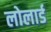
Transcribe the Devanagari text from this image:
लोलार्ड